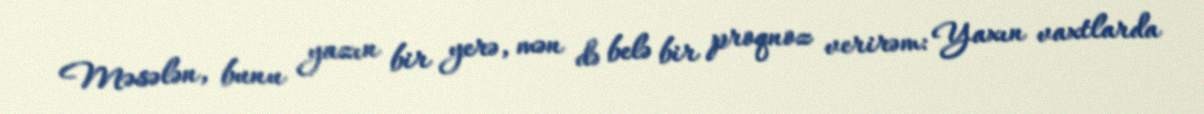
Məsələn, bunu yazın bir yerə, mən də belə bir proqnoz verirəm: Yaxın vaxtlarda